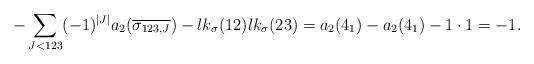
\begin{align*}- \sum_{J<123} (-1)^{|J|} a_2(\overline{\sigma_{123,J}}) -lk_\sigma(12) lk_\sigma(23) = a_2(4_1) - a_2(4_1) - 1 \cdot 1 = -1. \end{align*}